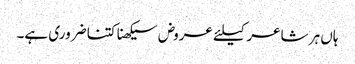
ہاں ہر شاعر کیلئے عروض سیکھنا کتنا ضروری ہے۔